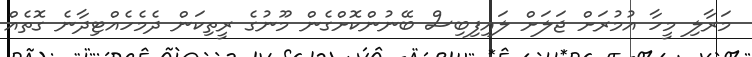
މަރާލި މީހާ އުމުރަށް ޖަލަށް ލައިފިބިސް ބޭނުންކޮށްގެން މޫނުގެ ރީތިކަން ދެމެހެއްޓިދާނެ ގޮތެއް